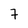
Character: 7